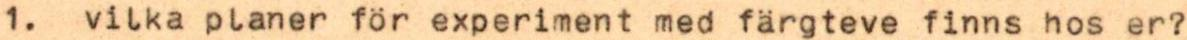
1. vilka planer för experiment med färgteve finns hos er?